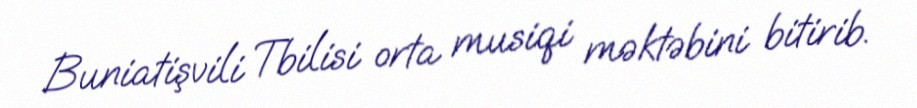
Buniatişvili Tbilisi orta musiqi məktəbini bitirib.